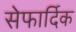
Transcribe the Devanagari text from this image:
सेफार्दिक